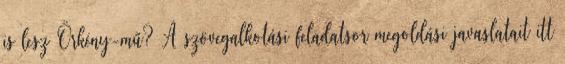
is lesz Örkény-mű? A szövegalkotási feladatsor megoldási javaslatait itt